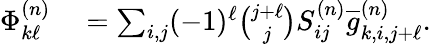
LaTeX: \begin{array}{rl}{\Phi_{k\ell}^{(n)}}&{{}=\sum_{i,j}(-1)^{\ell}\binom{j+\ell}{j}S_{ij}^{(n)}\overline{{g}}_{k,i,j+\ell}^{(n)}.}\end{array}